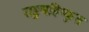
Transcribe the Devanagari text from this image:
राष्ट्रबहिष्कृत